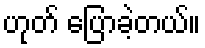
ဟုတ် ပြောခဲ့တယ်။